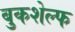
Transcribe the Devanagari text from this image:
बुकशेल्फ